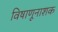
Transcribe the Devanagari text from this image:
विषाणूनाशक